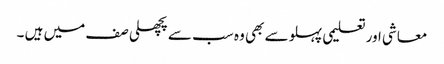
معاشی اور تعلیمی پہلو سے بھی وہ سب سے پچھلی صف میں ہیں ۔